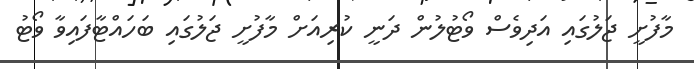
މާފުށީ ޖަލުގައި އަދިވެސް ވޯޓުލުން ދަނީ ކުރިއަށް މާފުށީ ޖަލުގައި ބަހައްޓާފައިވާ ވޯޓު